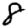
Digit: 8